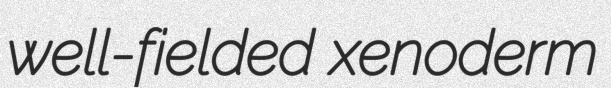
well-fielded xenoderm